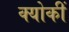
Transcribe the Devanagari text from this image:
क्योकीं